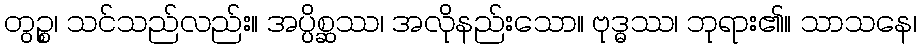
တွဉ္စ၊ သင်သည်လည်း။ အပ္ပိစ္ဆဿ၊ အလိုနည်းသော။ ဗုဒ္ဓဿ၊ ဘုရား၏။ သာသနေ၊